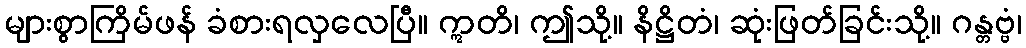
များစွာကြိမ်ဖန် ခံစားရလှလေပြီ။ ဣတိ၊ ဤသို့။ နိဋ္ဌိတံ၊ ဆုံးဖြတ်ခြင်းသို့။ ဂန္တဗ္ဗံ၊